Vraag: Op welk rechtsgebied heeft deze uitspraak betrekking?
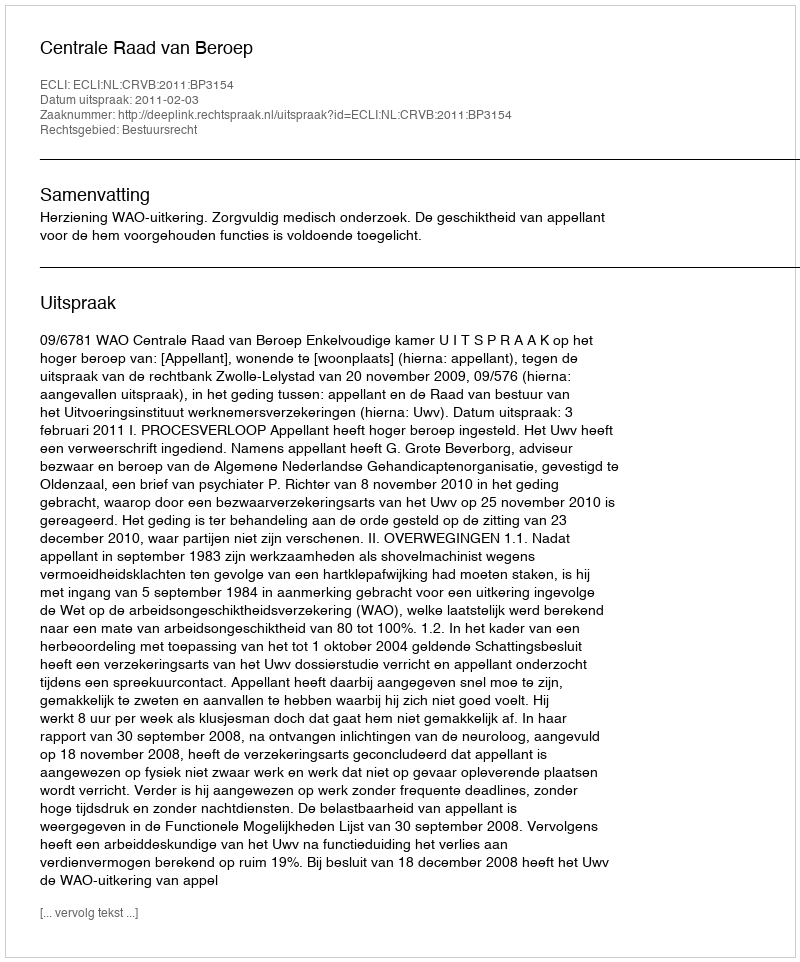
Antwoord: Bestuursrecht